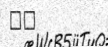
٣٤